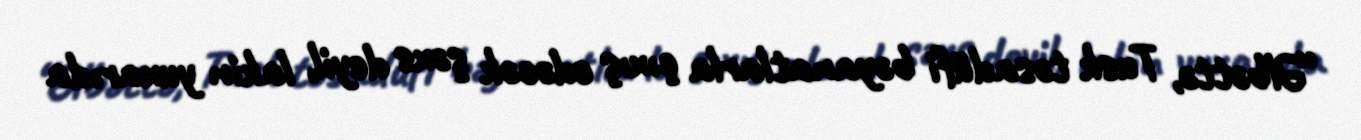
“Əlbəttə, Tusk təsadüfi bəyanatlarla çıxış edəcək şəxs deyil, lakin yuxarıda